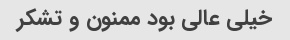
خیلی عالی بود ممنون و تشکر